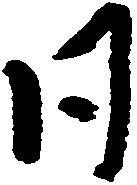
同